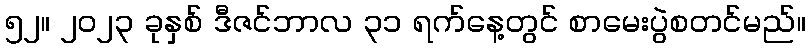
၅၂။ ၂၀၂၃ ခုနှစ် ဒီဇင်ဘာလ ၃၁ ရက်နေ့တွင် စာမေးပွဲစတင်မည်။